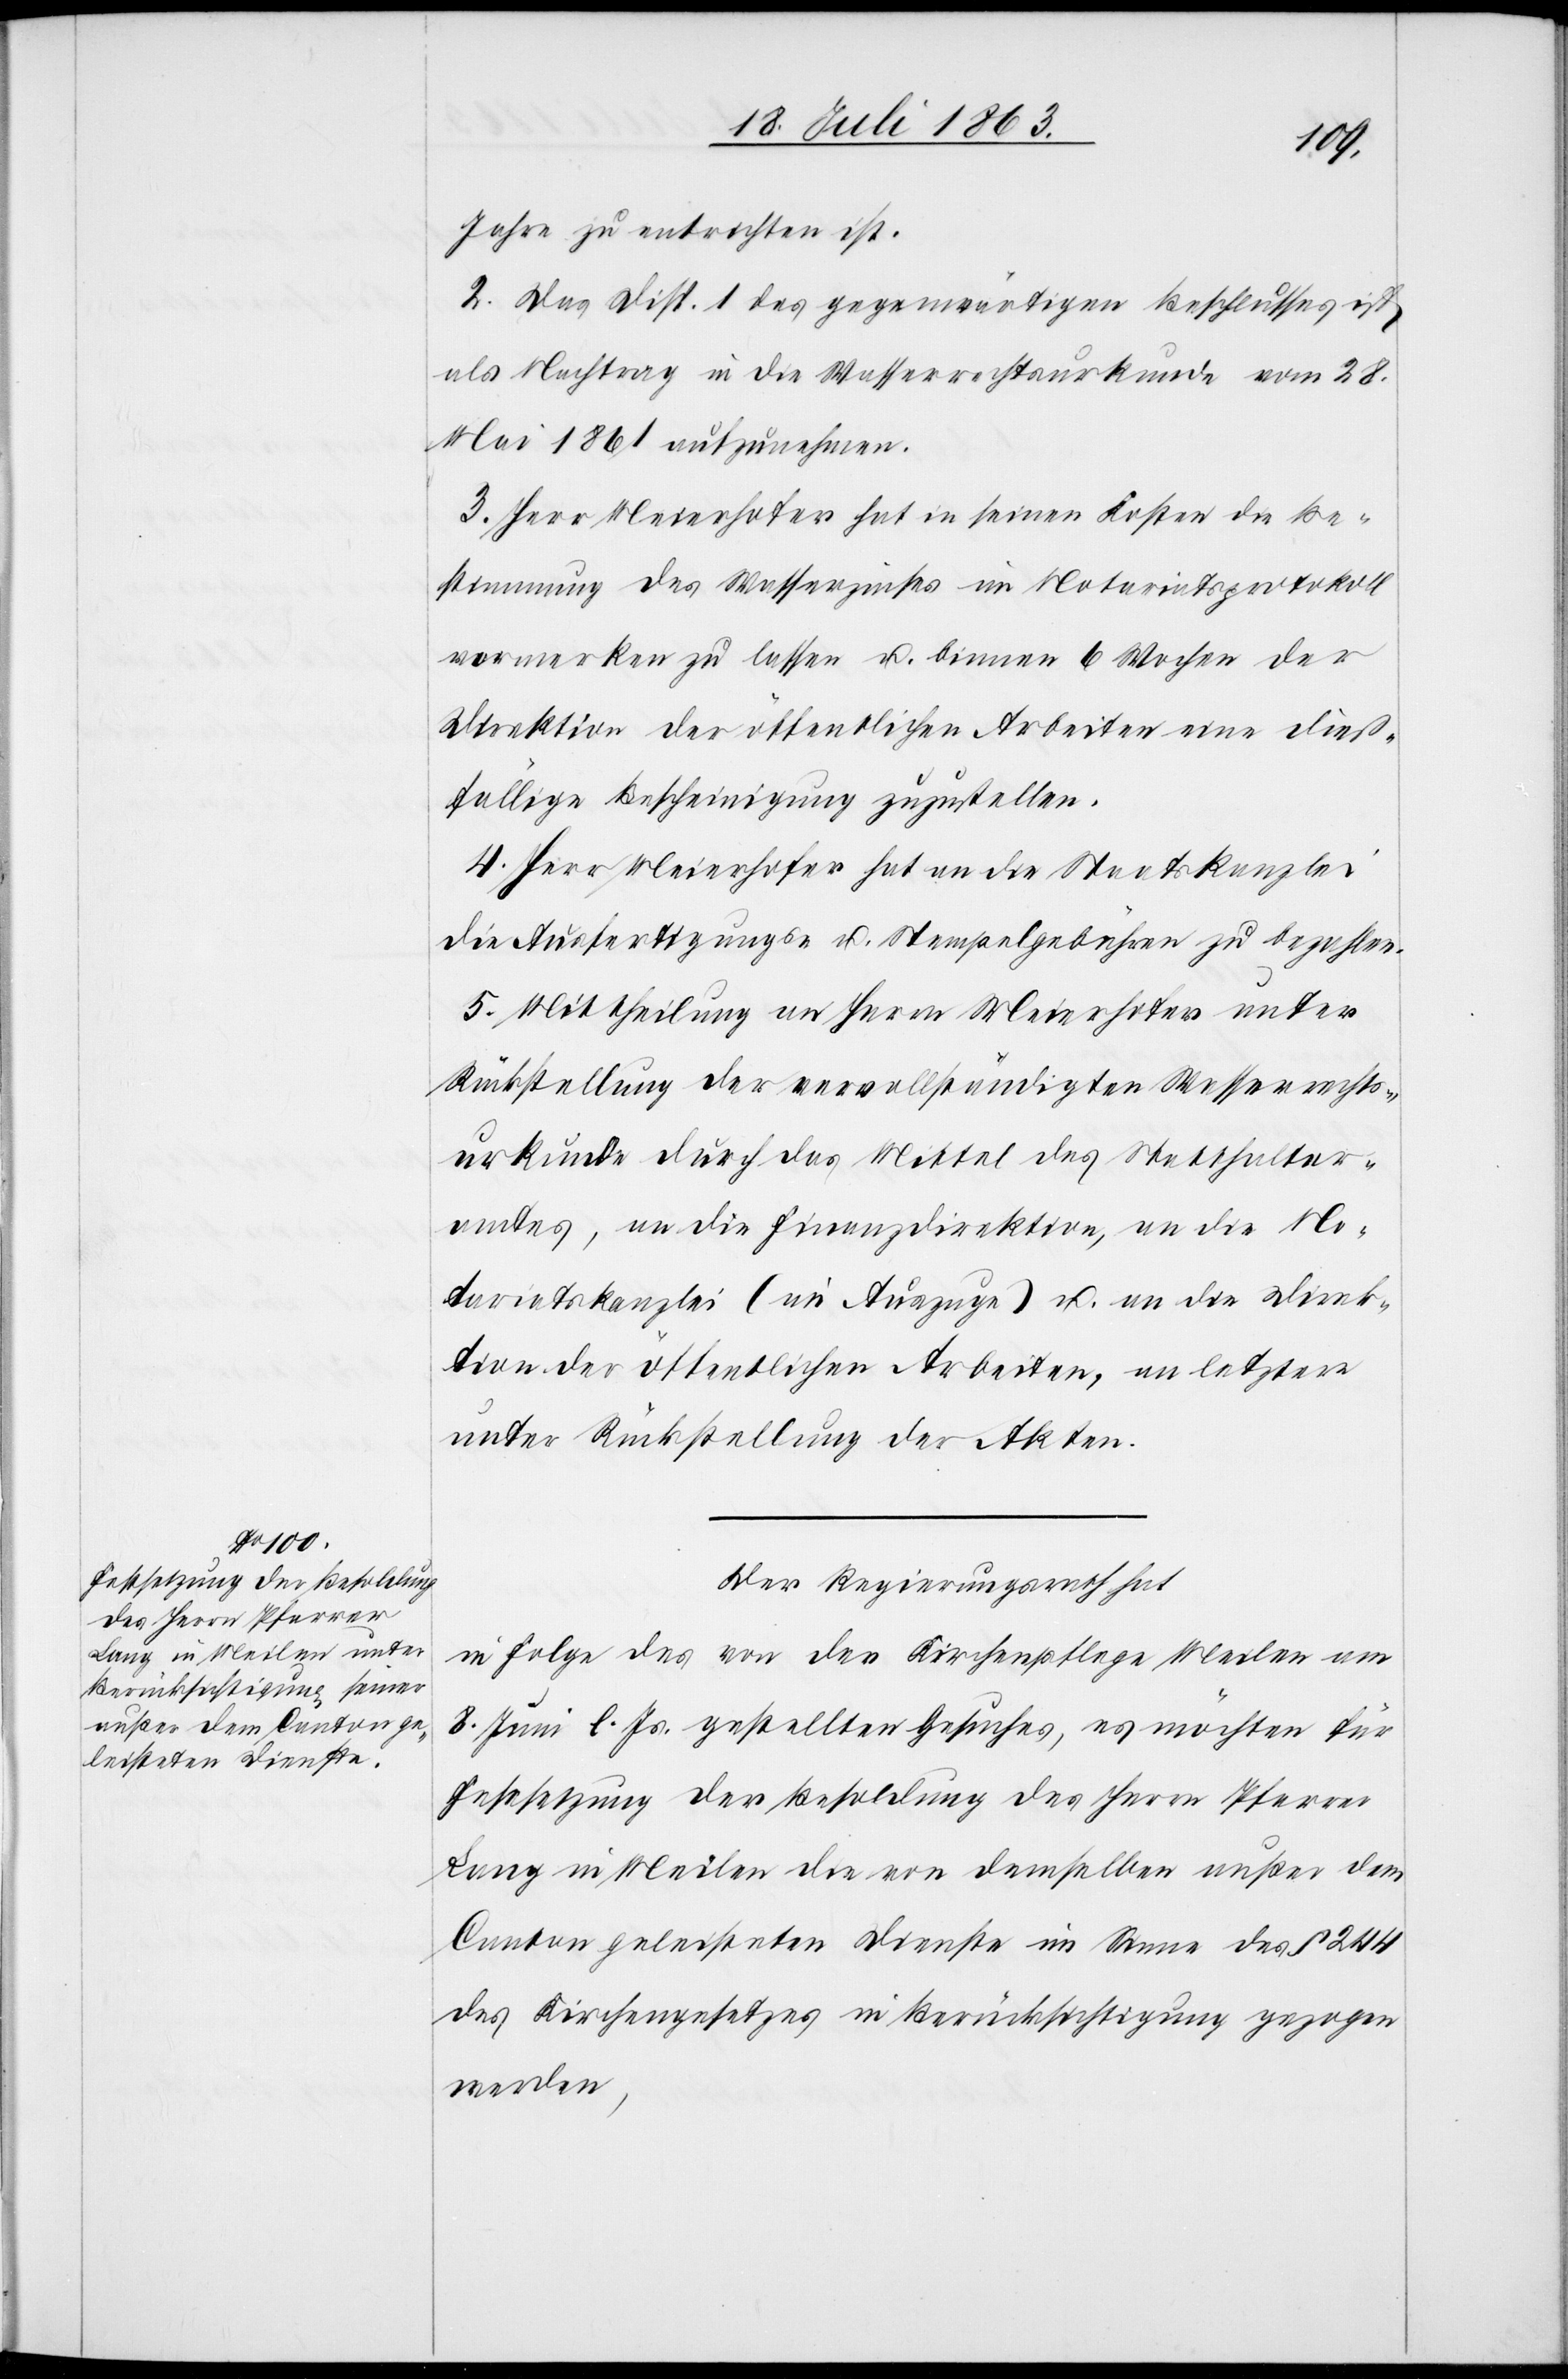
Jahre zu entrichten ist.
2. Das Disp. 1 des gegenwärtigen Beschlusses ist
als Nachtrag in die Wasserrechtsurkunde vom 28.
Mai 1861 aufzunehmen.
3. Herr Meierhofer hat in seinen Kosten die Be¬
stimmung des Wasserzinses im Notariatsprotokoll
vormerken zu lassen u. binnen 6 Wochen der
Direktion der öffentlichen Arbeiten eine dieß¬
fällige Bescheinigung zuzustellen.
4. Herr Meierhofer hat an die Staatskanzlei
die Ausfertigungs- u. Stempelgebühren zu bezahlen.
5. Mittheilung an Herrn Meierhofer unter
Rückstellung der vervollständigten Wasserrechts¬
urkunde durch das Mittel des Statthalter¬
amtes, an die Finanzdirektion, an die No¬
tariatskanzlei (im Auszuge) u. an die Direk¬
tion der öffentlichen Arbeiten, an letztere
unter Rückstellung der Akten.
Der Regierungsrath hat
in Folge des von der Kirchenpflege Meilen am
8. Juni l. Js. gestellten Gesuches, es möchten für
Festsetzung der Besoldung des Herrn Pfarrer
Lang in Meilen die von demselben außer dem
Canton geleisteten Dienste im Sinne des § 244
des Kirchengesetzes in Berücksichtigung gezogen
werden,